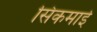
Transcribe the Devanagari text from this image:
सिकमाई